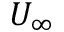
U _ { \infty }